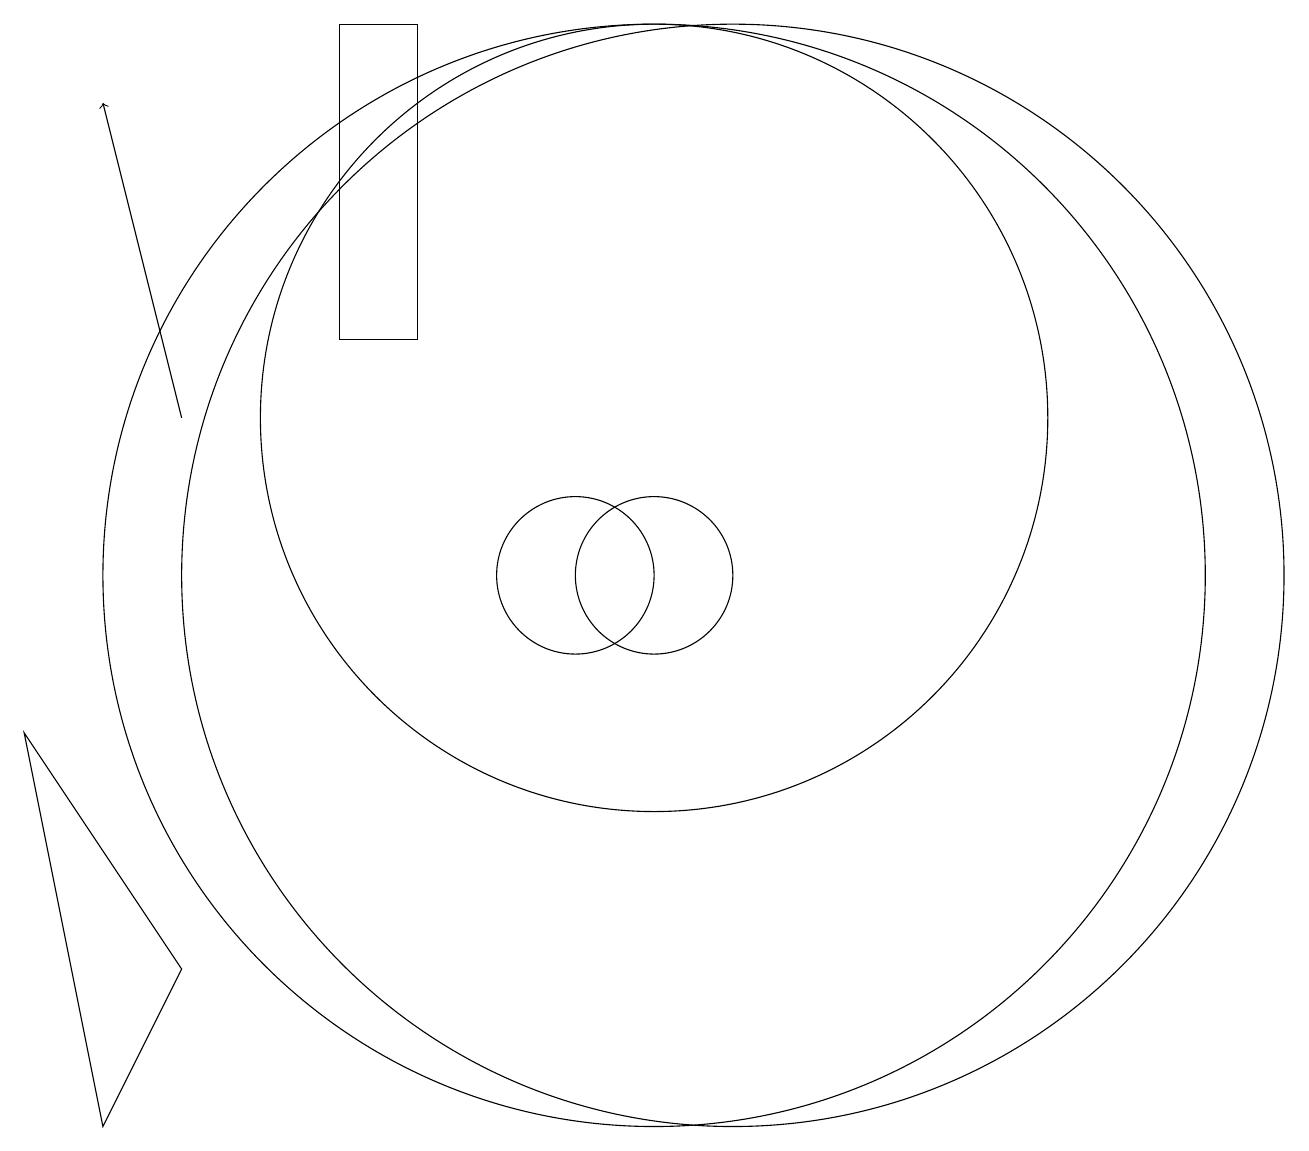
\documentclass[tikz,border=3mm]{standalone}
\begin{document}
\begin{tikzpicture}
\draw (12,10) circle (7);
\draw (8,13) rectangle (7,17);
\draw (10,10) circle (1);
\draw (11,12) circle (5);
\draw (11,10) circle (1);
\draw[->] (5,12) -- (4,16);
\draw (3,8) -- (4,3) -- (5,5) -- cycle;
\draw (11,10) circle (7);
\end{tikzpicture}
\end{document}